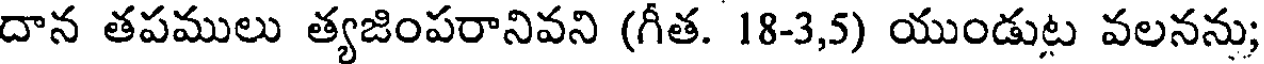
దాన తపములు త్యజింపరానివని (గీత. 18-3,5) యుండుట వలనను;